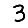
Digit: 3